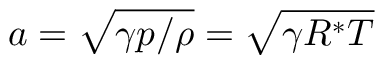
a = \sqrt { \gamma p / \rho } = \sqrt { \gamma R ^ { * } T }